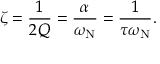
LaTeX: \zeta = { \frac { 1 } { 2 Q } } = { \frac { \alpha } { \omega _ { \mathrm { N } } } } = { \frac { 1 } { \tau \omega _ { \mathrm { N } } } } .